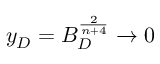
y _ { D } = B _ { D } ^ { \frac { 2 } { n + 4 } } \to 0